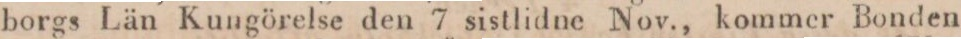
borgs Län Kungörelse den 7 sistlidne Nov., kommer Bonden